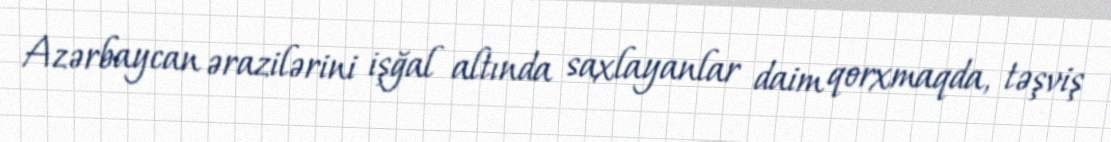
Azərbaycan ərazilərini işğal altında saxlayanlar daim qorxmaqda, təşviş